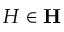
H \in \mathbf { H }